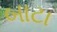
બાટા